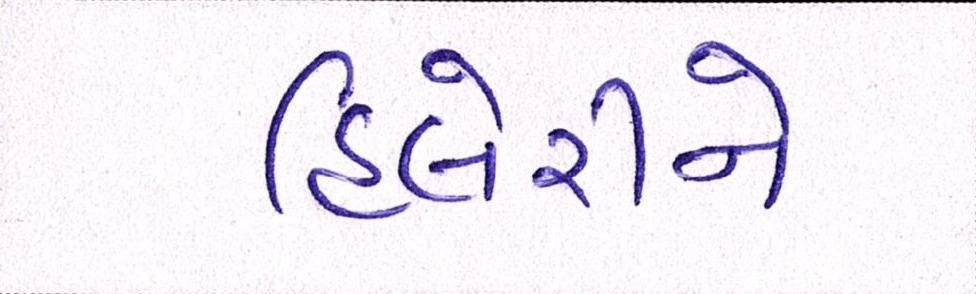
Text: હિલેરીનો